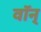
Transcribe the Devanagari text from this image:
वॉन्